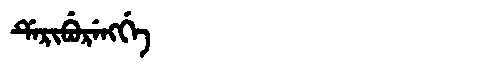
Manchu: ᡩᡝᡵᡳᠪᡠᡵᡝᠩᡤᡝ
Romanization: DERIBURENGGE